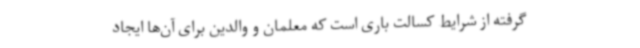
گرفته از شرایط کسالت باری است که معلمان و والدین برای آن‌ها ایجاد